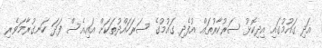
އަދި ގައުމުގައި އިދިކޮޅު ސަރުކާރުތައް އުފެދި ގައުމުގެ ސަރަހައްދުތަކަށް އައިއެސް ފަދަ ހަނގުރާމަވެރި